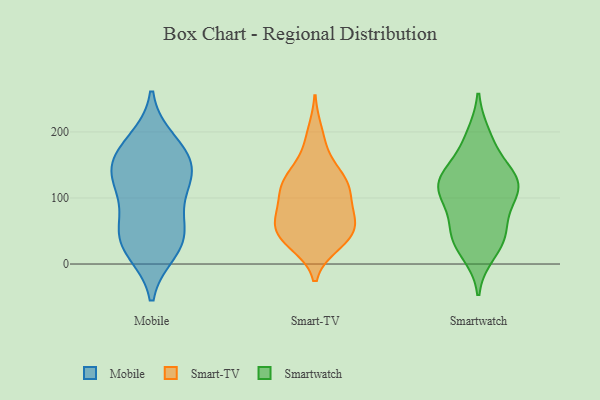
{"axis": {"x": "Headcount", "y": "Value"}, "legend": ["Mobile", "Smart-TV", "Smartwatch"], "data": [{"x": "", "y": 168, "type": "Mobile"}, {"x": "", "y": 111, "type": "Mobile"}, {"x": "", "y": 46, "type": "Mobile"}, {"x": "", "y": 21, "type": "Mobile"}, {"x": "", "y": 165, "type": "Mobile"}, {"x": "", "y": 133, "type": "Mobile"}, {"x": "", "y": 30, "type": "Mobile"}, {"x": "", "y": 185, "type": "Mobile"}, {"x": "", "y": 39, "type": "Mobile"}, {"x": "", "y": 132, "type": "Mobile"}, {"x": "", "y": 72, "type": "Mobile"}, {"x": "", "y": 140, "type": "Mobile"}, {"x": "", "y": 130, "type": "Smart-TV"}, {"x": "", "y": 33, "type": "Smart-TV"}, {"x": "", "y": 90, "type": "Smart-TV"}, {"x": "", "y": 127, "type": "Smart-TV"}, {"x": "", "y": 42, "type": "Smart-TV"}, {"x": "", "y": 45, "type": "Smart-TV"}, {"x": "", "y": 199, "type": "Smart-TV"}, {"x": "", "y": 122, "type": "Smart-TV"}, {"x": "", "y": 56, "type": "Smart-TV"}, {"x": "", "y": 174, "type": "Smart-TV"}, {"x": "", "y": 31, "type": "Smart-TV"}, {"x": "", "y": 63, "type": "Smart-TV"}, {"x": "", "y": 44, "type": "Smart-TV"}, {"x": "", "y": 90, "type": "Smart-TV"}, {"x": "", "y": 132, "type": "Smart-TV"}, {"x": "", "y": 70, "type": "Smart-TV"}, {"x": "", "y": 120, "type": "Smart-TV"}, {"x": "", "y": 110, "type": "Smart-TV"}, {"x": "", "y": 68, "type": "Smart-TV"}, {"x": "", "y": 133, "type": "Smartwatch"}, {"x": "", "y": 44, "type": "Smartwatch"}, {"x": "", "y": 123, "type": "Smartwatch"}, {"x": "", "y": 138, "type": "Smartwatch"}, {"x": "", "y": 111, "type": "Smartwatch"}, {"x": "", "y": 57, "type": "Smartwatch"}, {"x": "", "y": 122, "type": "Smartwatch"}, {"x": "", "y": 182, "type": "Smartwatch"}, {"x": "", "y": 119, "type": "Smartwatch"}, {"x": "", "y": 93, "type": "Smartwatch"}, {"x": "", "y": 18, "type": "Smartwatch"}, {"x": "", "y": 41, "type": "Smartwatch"}, {"x": "", "y": 193, "type": "Smartwatch"}, {"x": "", "y": 110, "type": "Smartwatch"}, {"x": "", "y": 37, "type": "Smartwatch"}]}